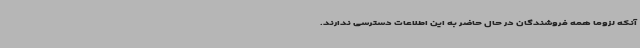
آنکه لزوماً همه فروشندگان در حال حاضر به این اطلاعات دسترسی ندارند.